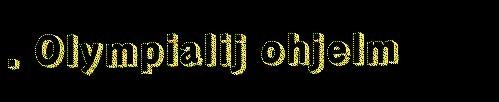
. Olympialij ohjelm